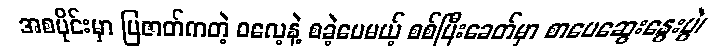
အစပိုင်းမှာ ပြဇာတ်ကတဲ့ ဓလေ့နဲ့ စခဲ့ပေမယ့် စစ်ပြီးခေတ်မှာ စာပေဆွေးနွေးပွဲ၊